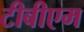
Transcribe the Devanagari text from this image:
टीबीएम